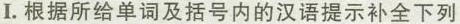
I.根据所给单词及括号内的汉语提示补全下列